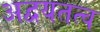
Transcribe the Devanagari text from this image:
अद्वयतत्व